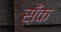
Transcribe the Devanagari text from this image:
सँक